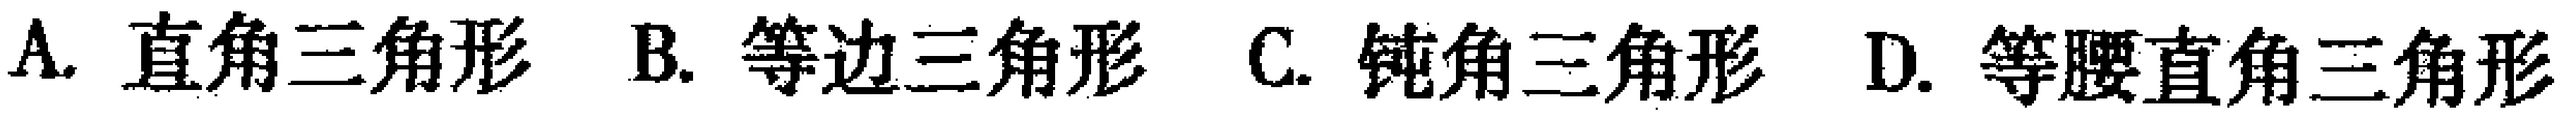
A. 直角三角形 B. 等边三角形 C. 钝角三角形 D. 等腰直角三角形